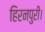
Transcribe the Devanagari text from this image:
हिरनपुरी।